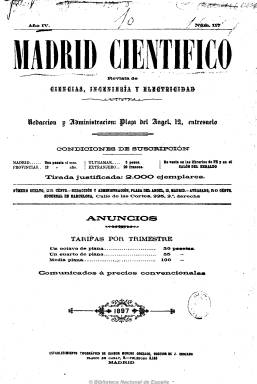
Título: Madrid científico
Colección: Ciencias || Industria
Ámbito geográfico: Madrid
Lugar de publicación: Madrid
Fechas: 01/01/1897-31/12/1936

Fue fundado con toda probabilidad en octubre de 1894 por Francisco Granadino junto a Augusto Krahe García (1867-1930), cuando eran alumnos de la Escuela de Ingenieros de Caminos, Canales y Puertos de Madrid, y como periódico de divulgación científico-técnica estuvo dirigido a ingenieros de todas las especialidades y escrito en gran parte por ellos, a través de un amplio abanico de temas y disciplinas. Al principio se subtitula “revista de ciencias, ingeniería y electricidad”, en un momento en que esta última industria se encontraba en pleno desarrollo, saliendo con una periodicidad semanal (los domingos), y a comienzos de la nueva centuria se autodefine como “revista decenal ilustrada” (apareciendo los días 10, 20 y 30 de cada mes), cuando se le da mayor relieve en sus páginas a las ilustraciones y especialmente a las fotografías. A partir de 1917, y hasta su desaparición en la primera quincena de septiembre de 1936 y tras cuarenta y tres años de vida, su frecuencia será quincenal. Apareció en números de doce páginas, que después fue aumentando y variando.

Sobre todo publica artículos relativos a las ingenierías y obras públicas, pero también otros de carácter teórico como los matemáticos, siendo muy abundantes los que se opusieron a la relatividad que, a partir de 1921, disminuyeron por los favorables a esta teoría. Inserta artículos y noticias sobre caminos, canales, puertos, pantanos, faros, carreteras, ferrocarriles, tranvías, navegación, industria, maquinaria, inventos, electricidad, telegrafía, montes, política forestal, minas, agronomía, geografía, política presupuestaria, concursos, subastas públicas, constitución de sociedades mercantiles, etc. También dedica amplio espacio a las cuestiones profesionales, especialmente a la enseñanza en las escuelas técnicas y facultades de ciencias, movimiento de personal del cuerpo de ingenieros y ayudantes, tanto civil como militar, cuestiones laborales, disposiciones oficiales, concursos, etc. Asimismo publica semblanzas biográficas y necrológicas. En sus páginas José Echegaray publicará parte de su autobiografía (Recuerdos). Tiene secciones de revista de prensa española y extranjera, y reprodujo traducciones de artículos de revistas extranjeras. También insertó amplia publicidad comercial. Sus textos estuvieron acompañados de fórmulas matemáticas, dibujos, croquis, esquemas, mapas y fotografías.

Al principio aparece como director Rafael Palacios del Valle y como redactor jefe, Luis de la Peña y Braña, ambos ingenieros de minas. En 1897, cuando la tirada de la revista es de unos 2.000 ejemplares, es Granadino quien ocupa este puesto, siendo sustituido pronto por Krahe. A principios de siglo Granadino le ofrece la dirección a Federico Lafuente, que después será asumida también por Krahe. Se ha señalado que Madrid científico fue una revista generalista de talante abierto y polémico y que en ocasiones fue crítica con las instituciones y órganos oficiales.

Al traspasar el siglo editó conjuntamente un suplemento de cuatro páginas con el título El ingeniero, en donde incluye los artículos e informaciones de carácter profesional, dejando el cuerpo de la revista para los artículos teóricos y de divulgación científico-técnica e industrial. Durante sus últimos años de edición disminuyen drásticamente sus ilustraciones y fotografías. La colección de la Biblioteca Nacional de España empieza en 1897 y está falta de los años 1921-1922.